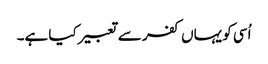
اُسی کو یہاں کفر سے تعبیر کیا ہے۔